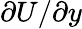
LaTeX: \partial U/\partial y